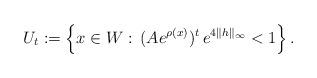
LaTeX: \begin{align*}U_t:=\Big\{x\in W:\,(Ae^{\rho(x)})^{t}\,e^{4\|h\|_\infty}<1\Big\}\,.\end{align*}